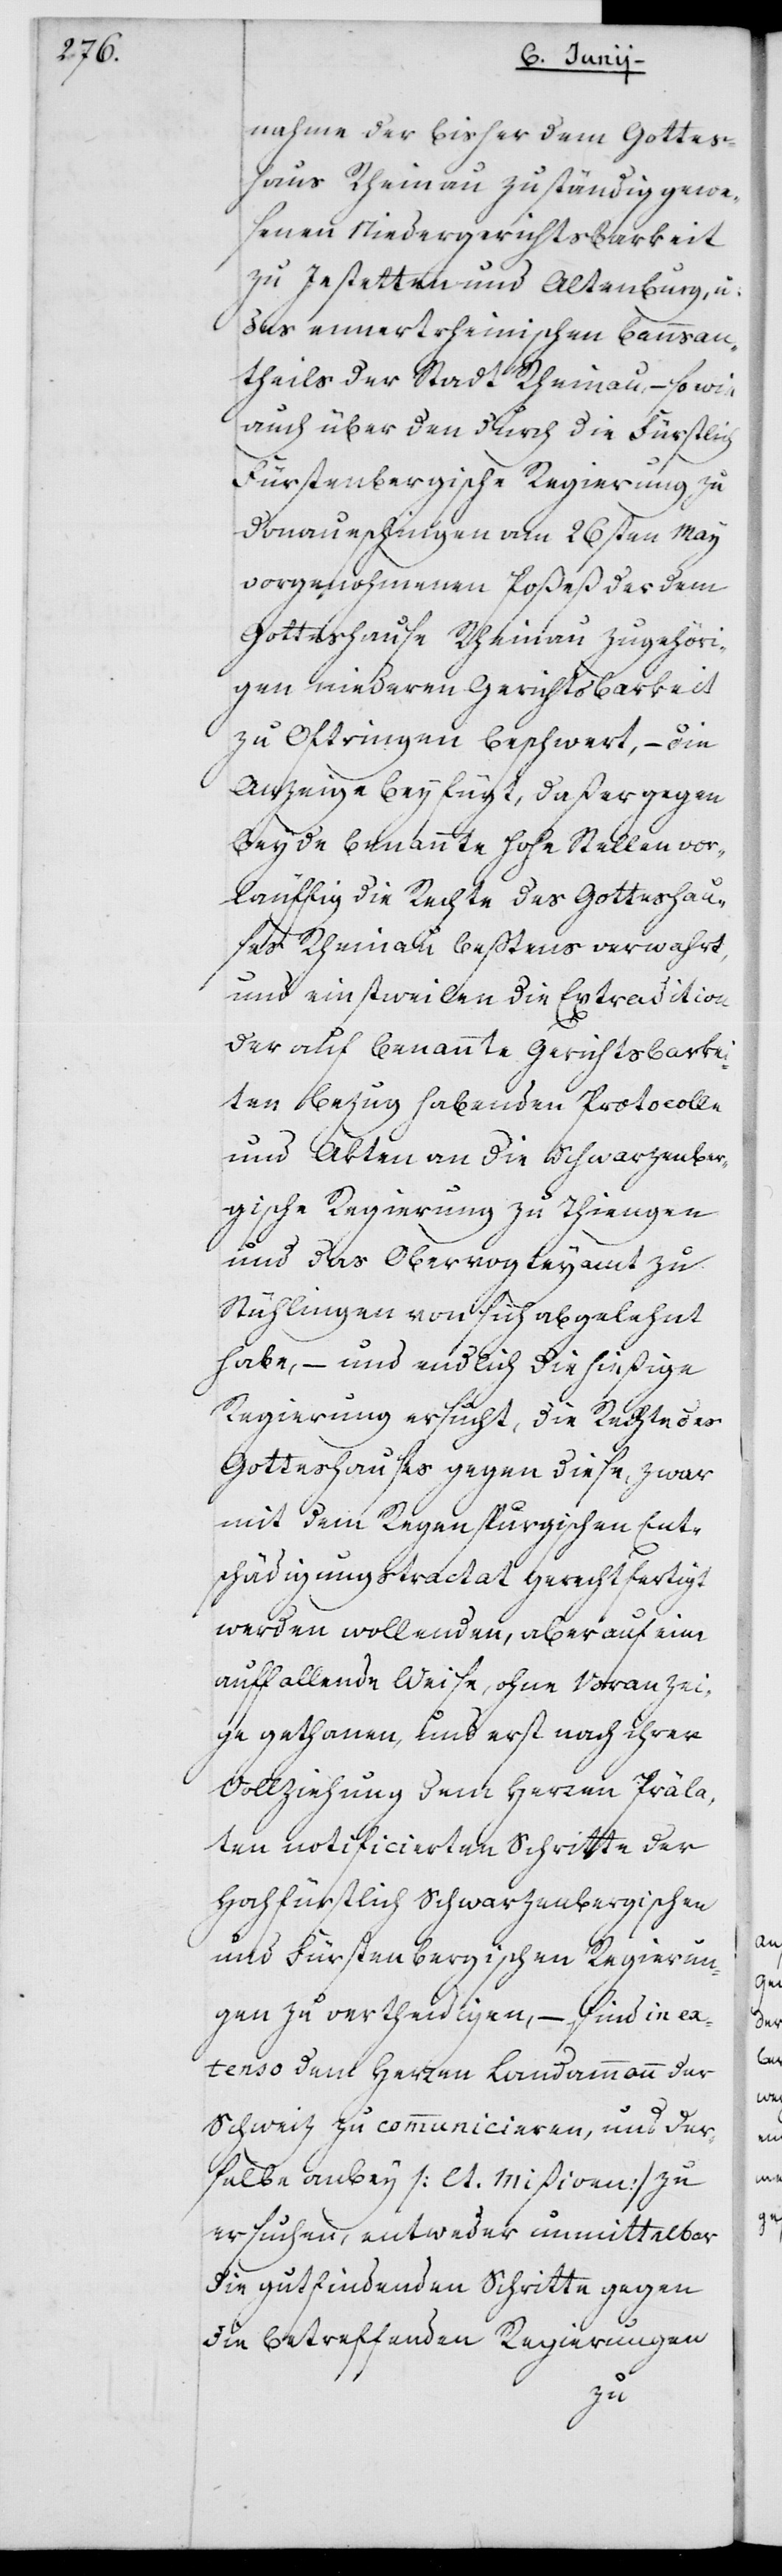
nahme der bisher dem Gottes¬
haus Rheinau zuständig gewe¬
senen Niedergerichtsbarkeit
zu Jestetten und Altenburg und
des ennertrheinischen Bannsan¬
theils der Stadt Rheinau, – sowie
auch über den durch die Fürstlich
Fürstenbergische Regierung zu
Donaueschingen vom 26sten May
vorgenohmenen Poßeß der dem
Gotteshause Rheinau zugehöri¬
gen niederen Gerichtsbarkeit
zu Oftringen beschwert, – die
Anzeige beyfügt, daß er gegen
beyde benannte Hohe Stellen vor¬
läuffig die Rechte des Gotteshau¬
ses Rheinau beßtens verwahrt
und einstweilen die Extradition
der auf benannte Gerichtsbarkei¬
ten Bezug habenden Protokolle
und Akten an die Schwarzenber¬
gische Regierung zu Thiengen
und das Obervogteyamt zu
Stühlingen von sich abgelehnt
habe, – und endlich die hießige
Regierung ersucht, die Rechte des
Gotteshauses gegen diese, zwar
mit dem Regenspurgischen Ent¬
schädigungstractat gerechtfertigt
werden wollenden, aber auf eine
auffallende Weise, ohne Voranzei¬
ge gethanen, und erst nach ihrer
Vollziehung dem Herren Präla¬
ten notificierten Schritte der
Hochfürstlich Schwarzenbergischen
und Fürstenbergischen Regierun¬
gen zu vertheidigen, – sind in ex¬
tenso dem Herren Landammann der
Schweiz zu communicieren, und der¬
selbe anbey (lt. Mißiven) zu
ersuchen, entweder unmittelbar
die gutfindenden Schritte gegen
die betreffenden Regierungen